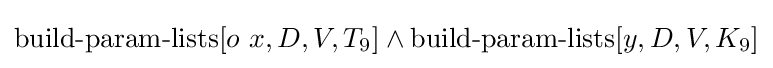
\operatorname {build-param-lists} [o\ x,D,V,T_{9}]\land \operatorname {build-param-lists} [y,D,V,K_{9}]